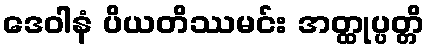
ဒေဝါနံ ပိယတိဿမင်း အတ္ထုပ္ပတ္တိ